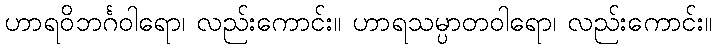
ဟာရဝိဘင်္ဂဝါရော၊ လည်းကောင်း။ ဟာရသမ္ပာတဝါရော၊ လည်းကောင်း။